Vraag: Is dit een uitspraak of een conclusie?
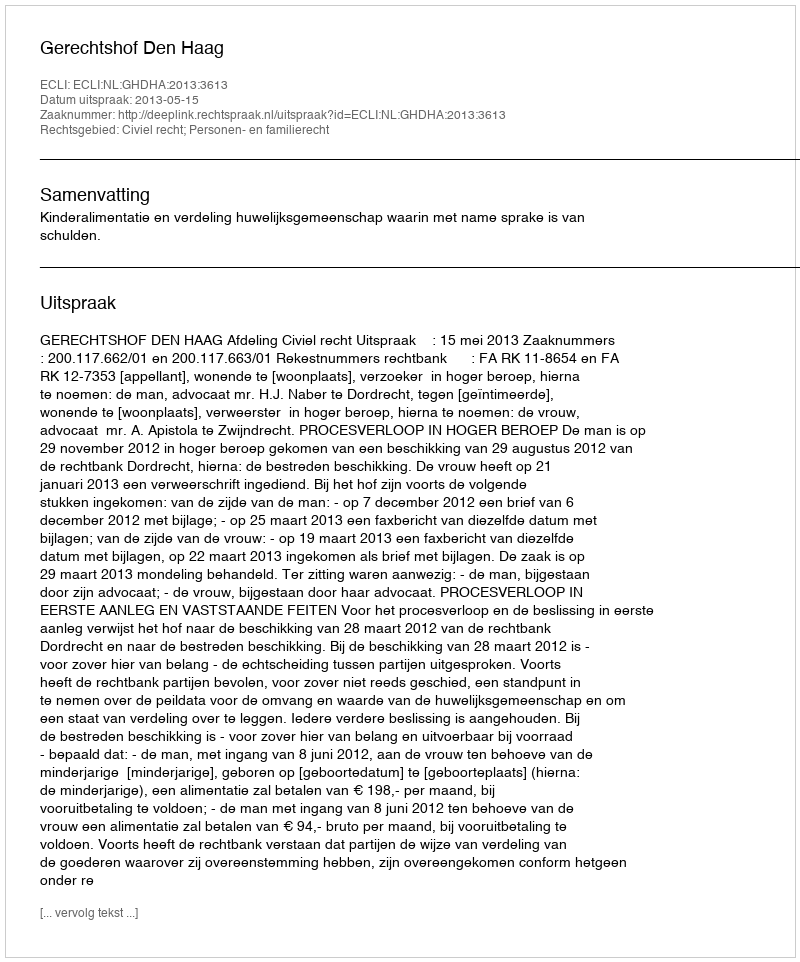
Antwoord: Uitspraak